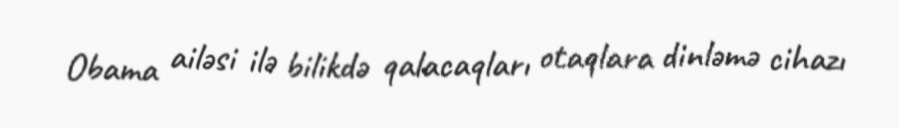
Obama ailəsi ilə bilikdə qalacaqları otaqlara dinləmə cihazı